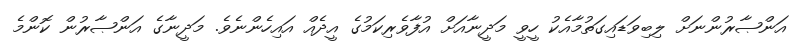
އަންޞާރުންނަށް ލިބިވަޑައިގަތުމާއެކު ހީވީ މަދީނާއަށް އުފާވެރިކަމުގެ އީދެއް އައިހެންނެވެ. މަދީނާގެ އަންޞާރުން ކޮންމެ